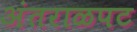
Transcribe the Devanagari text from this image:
अंतराळपट